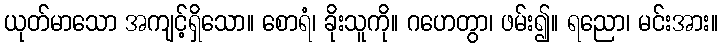
ယုတ်မာသော အကျင့်ရှိသော။ စောရံ၊ ခိုးသူကို။ ဂဟေတွာ၊ ဖမ်း၍။ ရညော၊ မင်းအား။